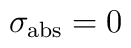
\sigma_{\rm abs} = 0